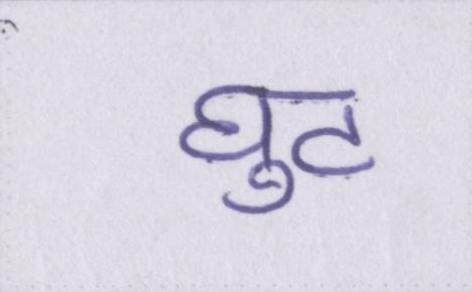
घुट